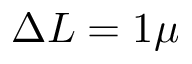
\Delta L = 1 \mu